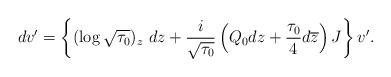
LaTeX: \begin{align*}dv'=\left\{(\log\sqrt{\tau_0})_z\ dz+\frac{i}{\sqrt{\tau_0}}\left(Q_0dz+\frac{\tau_0}{4}d\overline{z}\right)J\right\} v'.\end{align*}